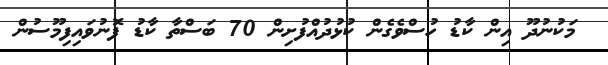
މަކުނުދޫ އިން ކާޑު ހުސްވެގެން ކުޅުދުއްފުށިން 70 ބަސްތާ ކާޑު ފޮނުވައިފިމޫސުން